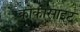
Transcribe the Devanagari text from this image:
क्रोकासाइट